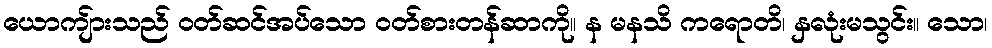
ယောကျ်ားသည် ဝတ်ဆင်အပ်သော ဝတ်စားတန်ဆာကို။ န မနသိ ကရောတိ၊ နှလုံးမသွင်း။ သော၊